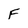
Character: F